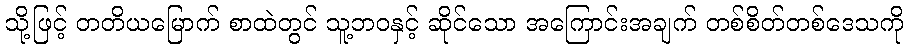
သို့ဖြင့် တတိယမြောက် စာထဲတွင် သူ့ဘဝနှင့် ဆိုင်သော အကြောင်းအချက် တစ်စိတ်တစ်ဒေသကို